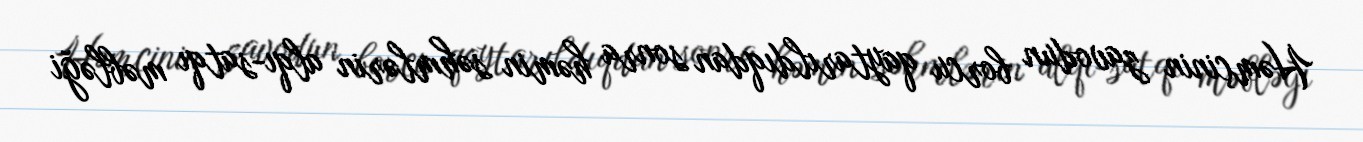
Həmçinin zavodun borcu qaytarıldıqdan sonra həmin səhmlərin alqı-satqı məbləği